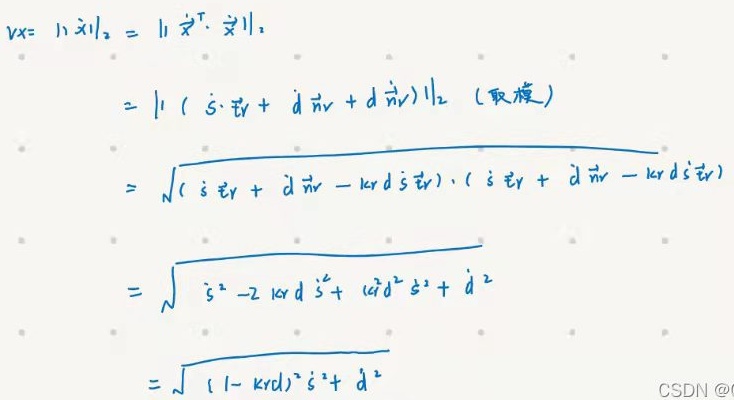
\[
\begin{align*}
Vx&=\|\dot{x}\|_2=\|\dot{\vec{x}}^T\cdot\dot{\vec{x}}\|_2\\
&=\|(\dot{s}\vec{e}_r + d\dot{\vec{n}}_r + \dot{d}\vec{n}_r)\|_2 \quad (\text{取模})\\
&=\sqrt{(\dot{s}\vec{e}_r + d\dot{\vec{n}}_r - kd\dot{s}\vec{e}_r)\cdot(\dot{s}\vec{e}_r + d\dot{\vec{n}}_r - kd\dot{s}\vec{e}_r)}\\
&=\sqrt{\dot{s}^2 - 2kd\dot{s}^2 + (kd)^2\dot{s}^2+\dot{d}^2}\\
&=\sqrt{(1 - kd)^2\dot{s}^2+\dot{d}^2}
\end{align*}
\]